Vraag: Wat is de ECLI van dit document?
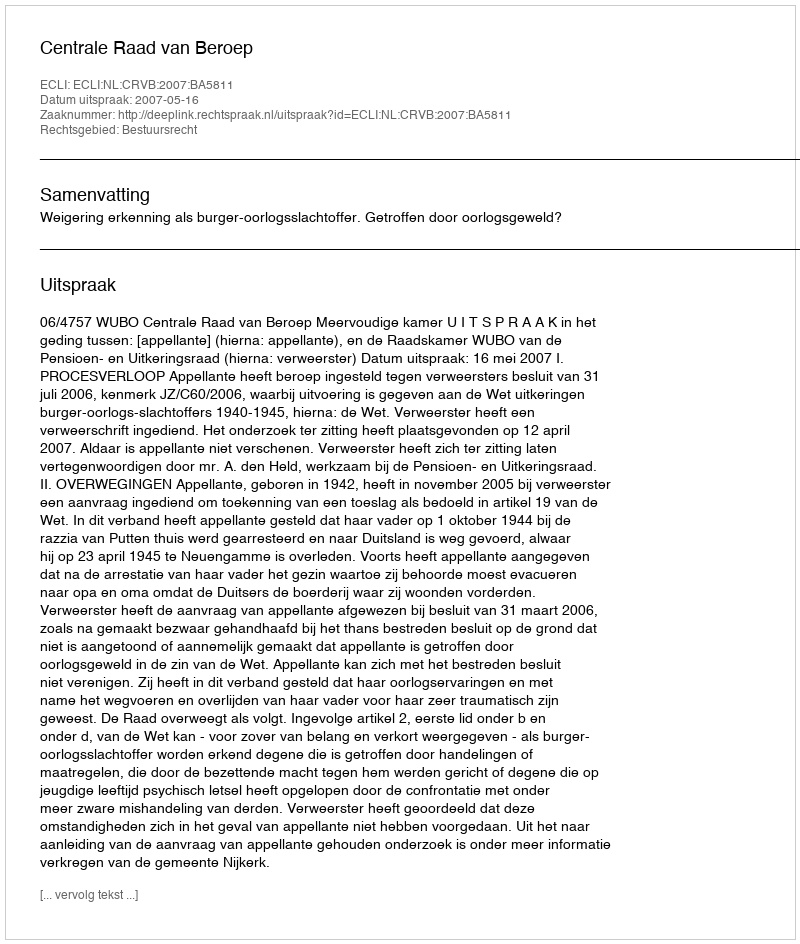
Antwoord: ECLI:NL:CRVB:2007:BA5811